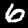
Digit: 6